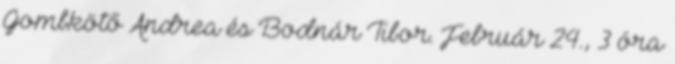
Gombkötő Andrea és Bodnár Tibor. Február 24., 3 óra